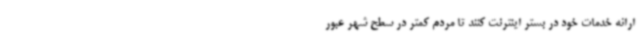
ارائه خدمات خود در بستر اینترنت کنند تا مردم کمتر در سطح شهر عبور